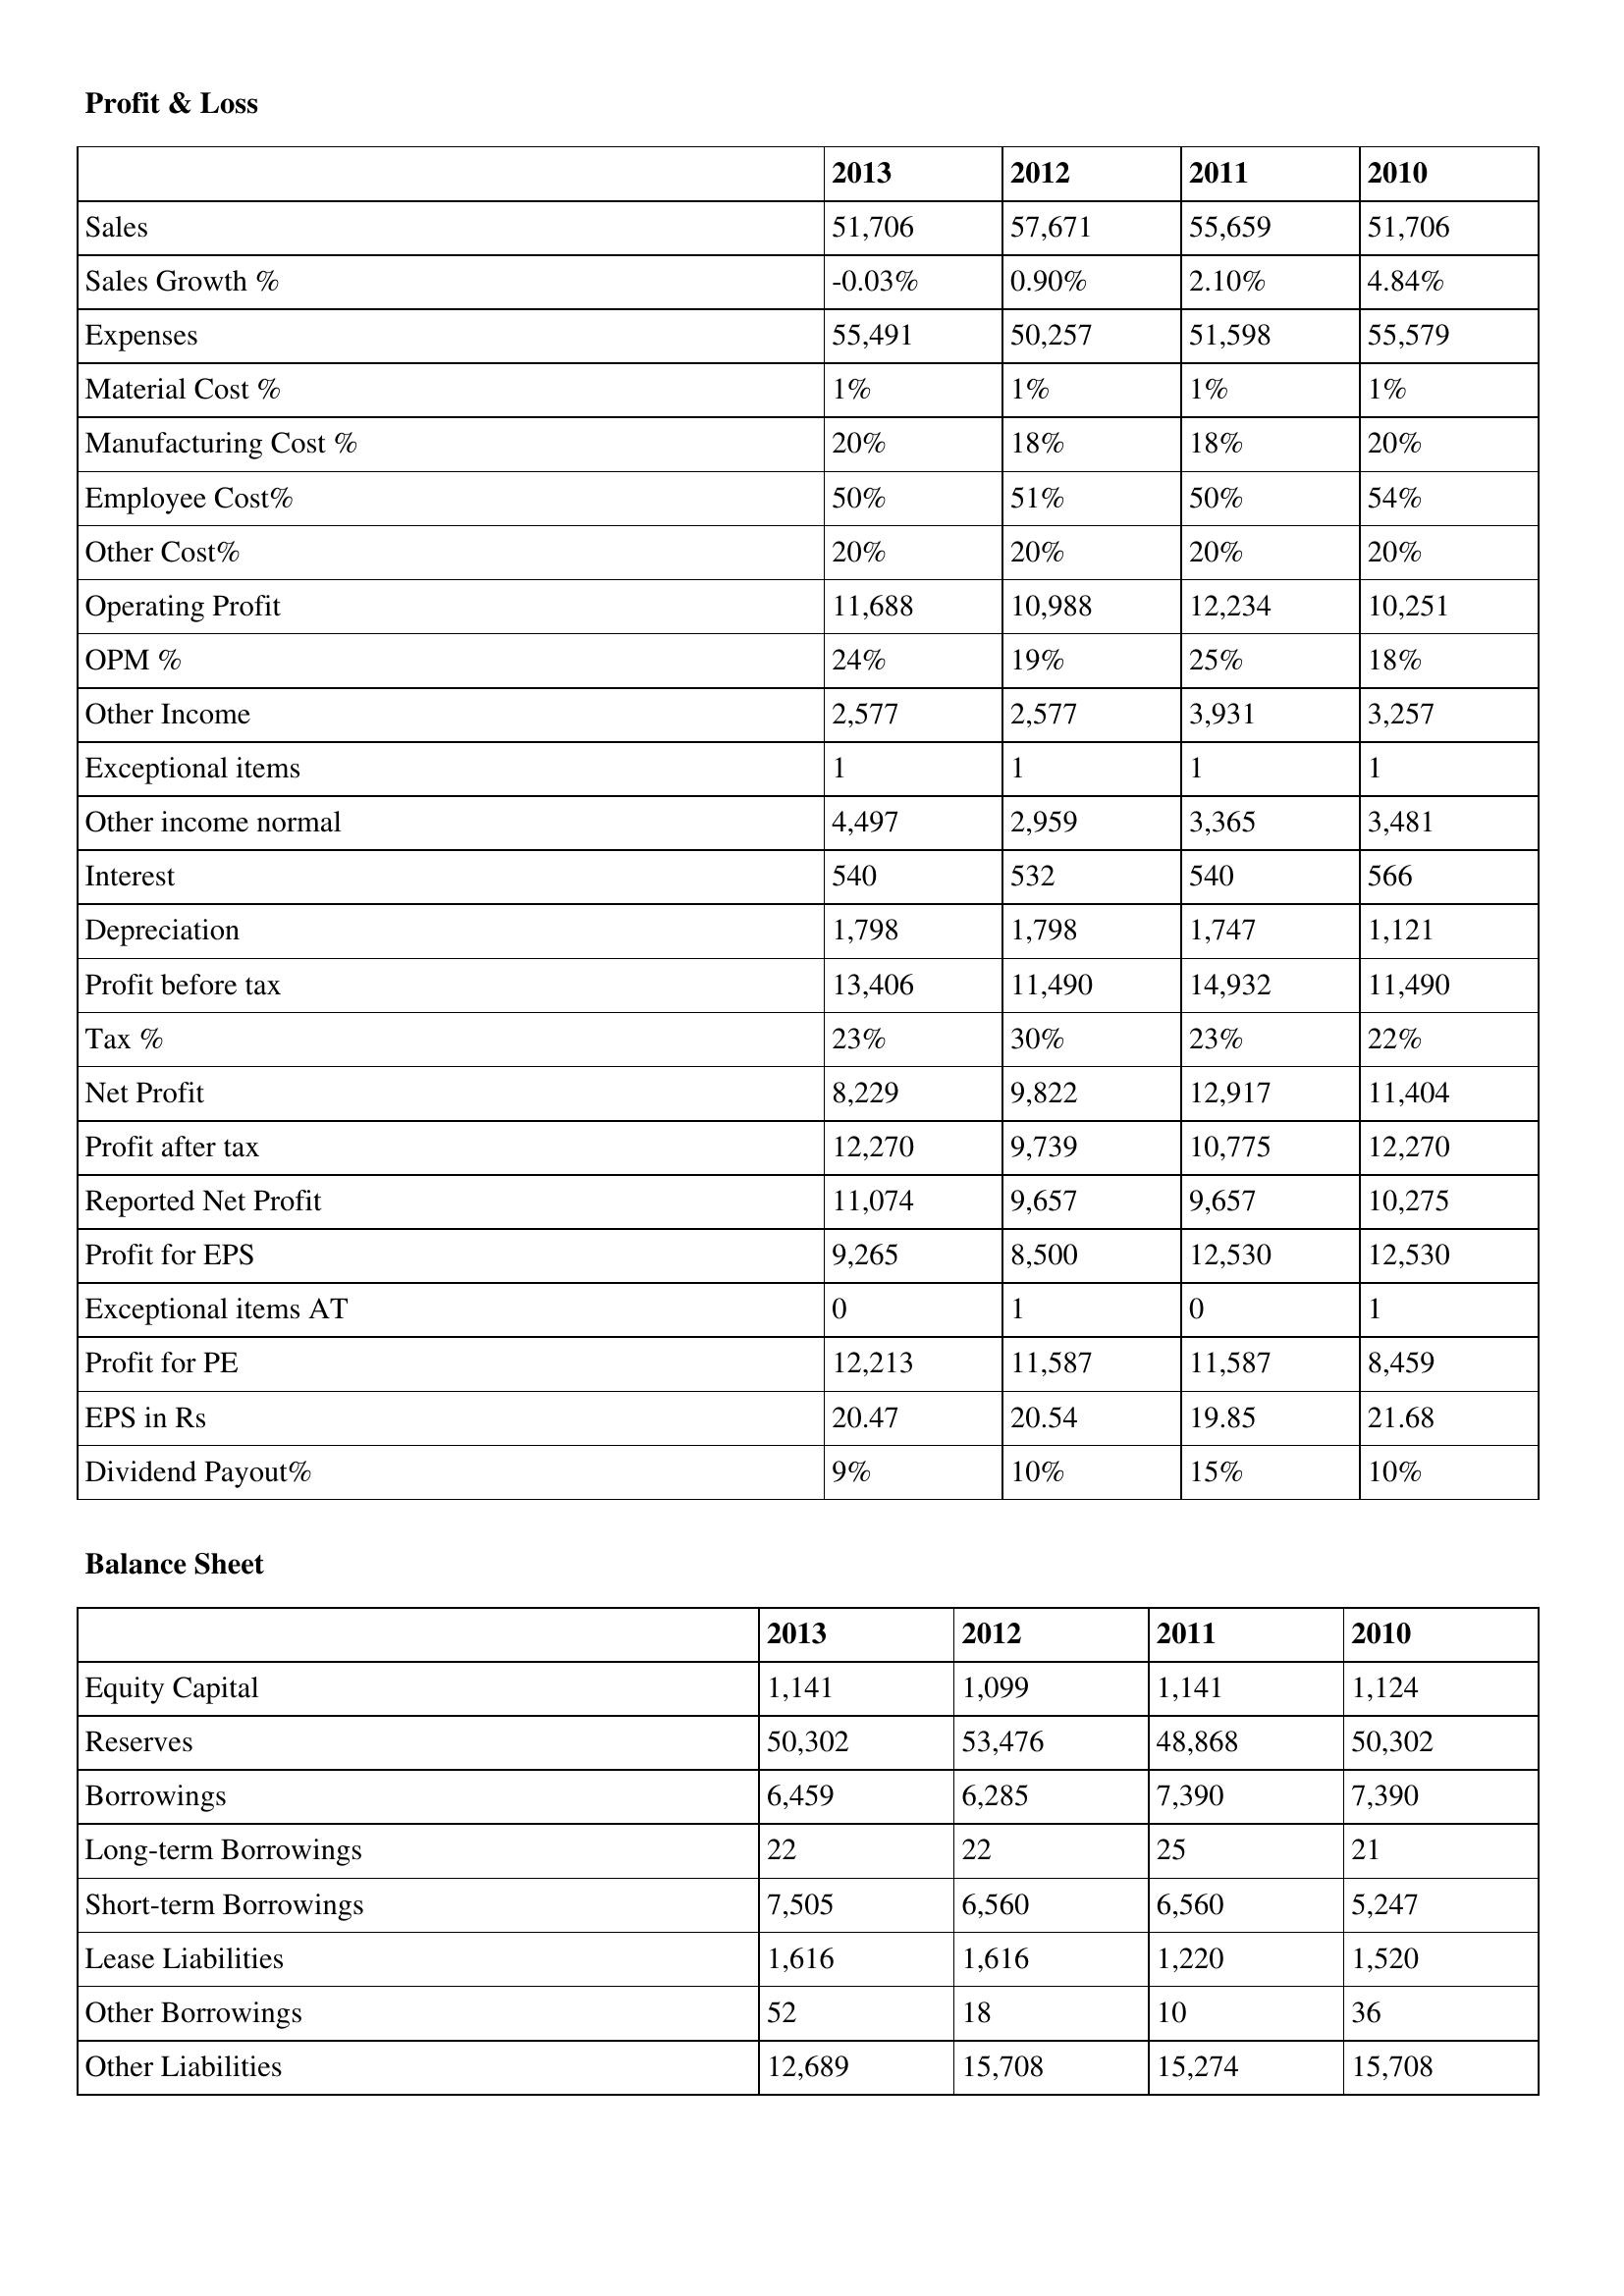
gt_parse: 2013: Profit & Loss: Sales: 51,706
Sales Growth %: -0.03%
Expenses: 55,491
Material Cost %: 1%
Manufacturing Cost %: 20%
Employee Cost%: 50%
Other Cost%: 20%
Operating Profit: 11,688
OPM %: 24%
Other Income: 2,577
Exceptional items: 1
Other income normal: 4,497
Interest: 540
Depreciation: 1,798
Profit before tax: 13,406
Tax %: 23%
Net Profit: 8,229
Profit after tax: 12,270
Reported Net Profit: 11,074
Profit for EPS: 9,265
Exceptional items AT: 0
Profit for PE: 12,213
EPS in Rs: 20.47
Dividend Payout%: 9%
Balance Sheet: Equity Capital: 1,141
Reserves: 50,302
Borrowings: 6,459
Long-term Borrowings: 22
Short-term Borrowings: 7,505
Lease Liabilities: 1,616
Other Borrowings: 52
Other Liabilities: 12,689
2012: Profit & Loss: Sales: 57,671
Sales Growth %: 0.90%
Expenses: 50,257
Material Cost %: 1%
Manufacturing Cost %: 18%
Employee Cost%: 51%
Other Cost%: 20%
Operating Profit: 10,988
OPM %: 19%
Other Income: 2,577
Exceptional items: 1
Other income normal: 2,959
Interest: 532
Depreciation: 1,798
Profit before tax: 11,490
Tax %: 30%
Net Profit: 9,822
Profit after tax: 9,739
Reported Net Profit: 9,657
Profit for EPS: 8,500
Exceptional items AT: 1
Profit for PE: 11,587
EPS in Rs: 20.54
Dividend Payout%: 10%
Balance Sheet: Equity Capital: 1,099
Reserves: 53,476
Borrowings: 6,285
Long-term Borrowings: 22
Short-term Borrowings: 6,560
Lease Liabilities: 1,616
Other Borrowings: 18
Other Liabilities: 15,708
2011: Profit & Loss: Sales: 55,659
Sales Growth %: 2.10%
Expenses: 51,598
Material Cost %: 1%
Manufacturing Cost %: 18%
Employee Cost%: 50%
Other Cost%: 20%
Operating Profit: 12,234
OPM %: 25%
Other Income: 3,931
Exceptional items: 1
Other income normal: 3,365
Interest: 540
Depreciation: 1,747
Profit before tax: 14,932
Tax %: 23%
Net Profit: 12,917
Profit after tax: 10,775
Reported Net Profit: 9,657
Profit for EPS: 12,530
Exceptional items AT: 0
Profit for PE: 11,587
EPS in Rs: 19.85
Dividend Payout%: 15%
Balance Sheet: Equity Capital: 1,141
Reserves: 48,868
Borrowings: 7,390
Long-term Borrowings: 25
Short-term Borrowings: 6,560
Lease Liabilities: 1,220
Other Borrowings: 10
Other Liabilities: 15,274
2010: Profit & Loss: Sales: 51,706
Sales Growth %: 4.84%
Expenses: 55,579
Material Cost %: 1%
Manufacturing Cost %: 20%
Employee Cost%: 54%
Other Cost%: 20%
Operating Profit: 10,251
OPM %: 18%
Other Income: 3,257
Exceptional items: 1
Other income normal: 3,481
Interest: 566
Depreciation: 1,121
Profit before tax: 11,490
Tax %: 22%
Net Profit: 11,404
Profit after tax: 12,270
Reported Net Profit: 10,275
Profit for EPS: 12,530
Exceptional items AT: 1
Profit for PE: 8,459
EPS in Rs: 21.68
Dividend Payout%: 10%
Balance Sheet: Equity Capital: 1,124
Reserves: 50,302
Borrowings: 7,390
Long-term Borrowings: 21
Short-term Borrowings: 5,247
Lease Liabilities: 1,520
Other Borrowings: 36
Other Liabilities: 15,708